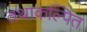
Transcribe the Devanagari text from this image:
तथाकल्पित